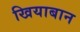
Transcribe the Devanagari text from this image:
खियाबान